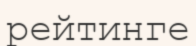
рейтинге